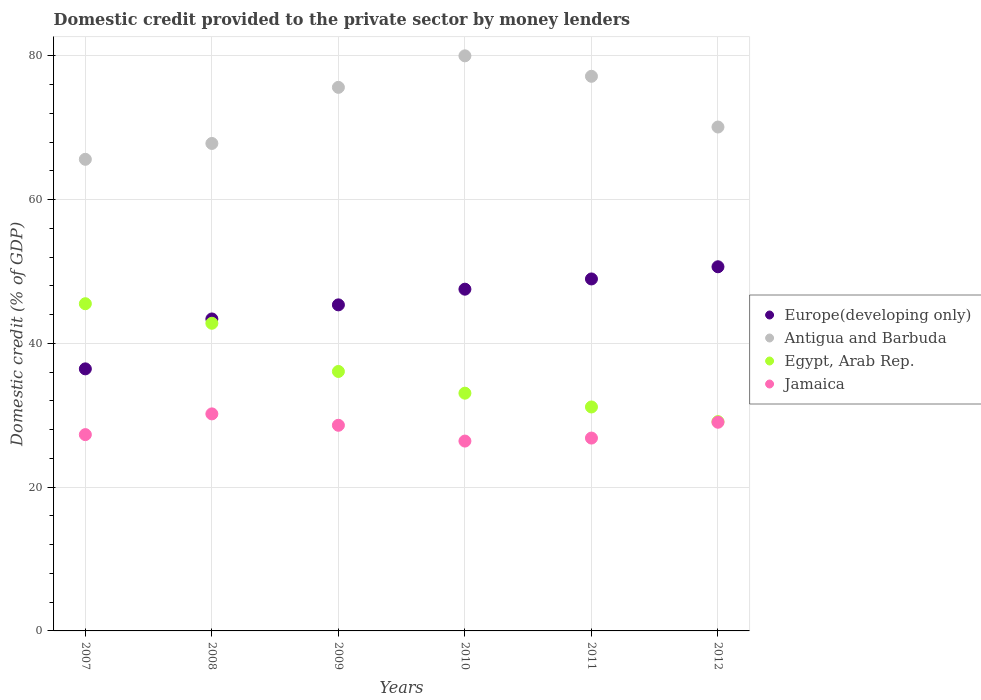
| Years | Europe(developing only) | Antigua and Barbuda | Egypt, Arab Rep. | Jamaica |
 | --- | --- | --- | --- | --- |
 | 2007 | 36.5 | 65.6 | 45.5 | 27.3 |
 | 2008 | 43.4 | 67.8 | 42.8 | 30.2 |
 | 2009 | 45.4 | 75.6 | 36.1 | 28.6 |
 | 2010 | 47.5 | 80 | 33.1 | 26.4 |
 | 2011 | 49 | 77.2 | 31.2 | 26.8 |
 | 2012 | 50.7 | 70.1 | 29.1 | 29 |